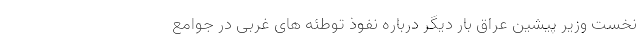
نخست وزیر پیشین عراق بار دیگر درباره نفوذ توطئه های غربی در جوامع